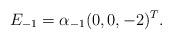
LaTeX: \begin{align*} E_{-1}=\alpha_{-1}(0,0,-2)^{T}.\end{align*}